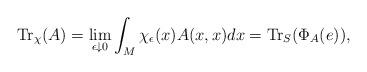
LaTeX: \begin{align*}{\rm Tr}_\chi (A)=\lim_{\epsilon\downarrow 0}\int_M\chi_\epsilon(x)A(x,x) dx={\rm Tr}_S(\Phi_A(e)),\end{align*}